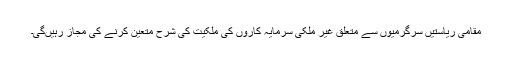
مقامی ریاستیں سرگرمیوں سے متعلق غیر ملکی سرمایہ کاروں کی ملکیت کی شرح متعین کرنے کی مجاز رہیںگی۔